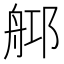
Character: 𦨰